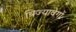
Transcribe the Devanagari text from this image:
त्रिज्यावेगों